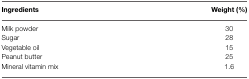
<table><thead><tr><td><b>Ingredients</b></td><td><b>Weight (%)</b></td></tr></thead><tbody><tr><td>Milk powder</td><td>30</td></tr><tr><td>Sugar</td><td>28</td></tr><tr><td>Vegetable oil</td><td>15</td></tr><tr><td>Peanut butter</td><td>25</td></tr><tr><td>Mineral vitamin mix</td><td>1.6</td></tr></tbody></table>